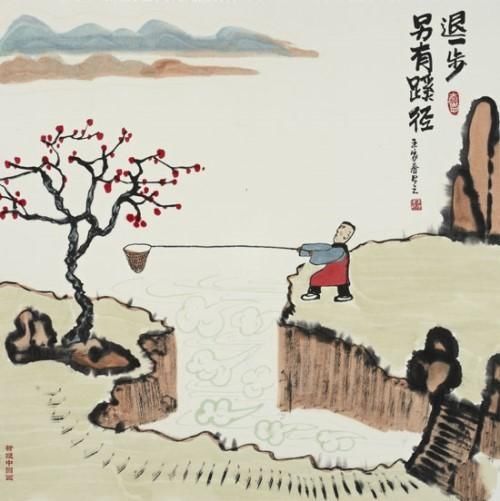
饥而欲食，寒而欲暖。劳而欲息，好利而恶害，是人之所生而有也。